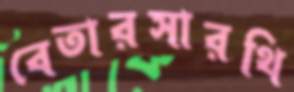
বেতারসারথি